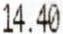
14.40